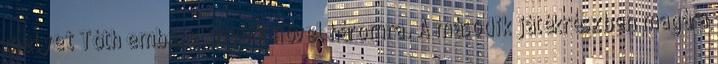
melyet Tóth emberelőnyből növel háromra. A második játékrészben magára